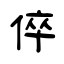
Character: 倅